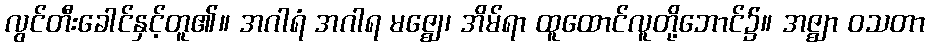
လွင်တီးခေါင်နှင့်တူ၏။ အဂါရံ အဂါရ မဇ္ဈေ၊ အိမ်ရာ ထူထောင်လူတို့ဘောင်၌။ အဇ္ဈာ ဝသတာ